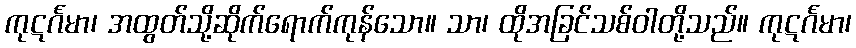
ကုဋင်္ဂမာ၊ အထွတ်သို့ဆိုက်ရောက်ကုန်သော။ သာ၊ ထိုအခြင်သစ်ဝါတို့သည်။ ကုဋင်္ဂမာ၊